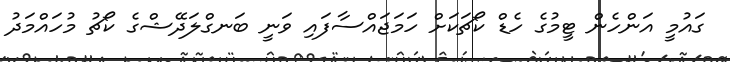
ގައުމީ އަންހެން ޓީމުގެ ހެޑް ކޯޗަކަށް ހަމަޖައްސާފައި ވަނީ ބަނގްލަދޭޝްގެ ކޯޗު މުހައްމަދު